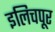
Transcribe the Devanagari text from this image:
इलिचपूर